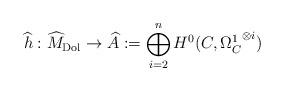
LaTeX: \begin{align*}\widehat{h}: \widehat{M}_{\mathrm{Dol}} \to \widehat{A}: = \bigoplus_{i=2}^n H^0(C, {\Omega_C^1}^{\otimes i})\end{align*}